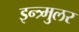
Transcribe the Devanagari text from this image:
इन्त्र्मुलर